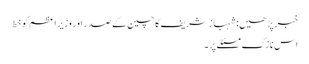
خبر پڑھیں:شہباز شریف کا چین کے صدر اور وزیر اعظم کو خط
اس نازک مسئلے پر ۔